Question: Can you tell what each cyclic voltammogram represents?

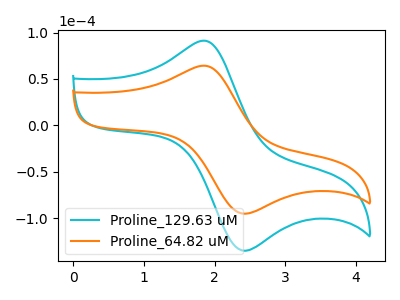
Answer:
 <answer>The cyan curve is labeled "Proline_129.63 uM". The orange curve is labeled "Proline_64.82 uM".</answer>
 <eval></eval>